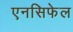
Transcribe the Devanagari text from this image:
एनसिफेल